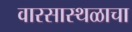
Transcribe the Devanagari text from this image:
वारसास्थळाचा